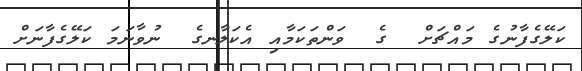
ކަލޭގެފާނުގެ މައްޗަށް  ގެ  ވަންތަކަމާއި އެކަލާނގެ  ނުވާނަމަ ކަލޭގެފާނަށް